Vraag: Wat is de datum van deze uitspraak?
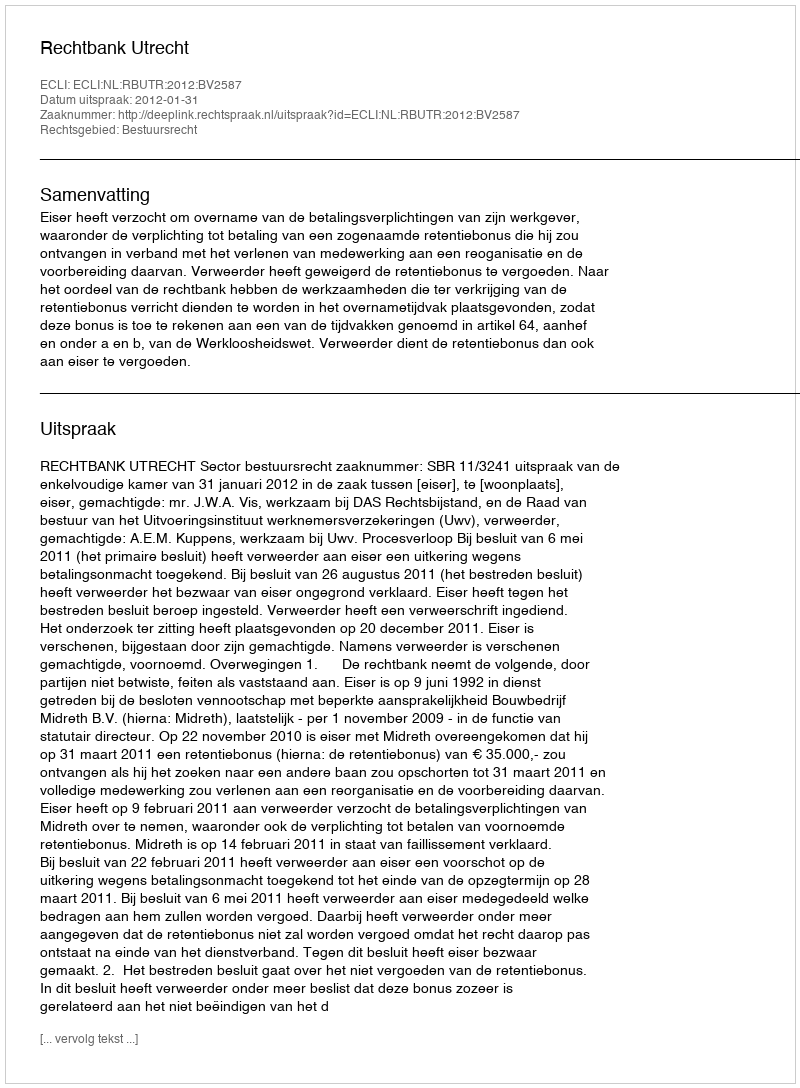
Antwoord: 2012-01-31